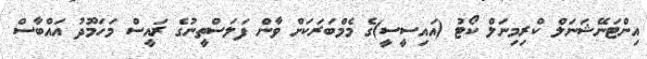
އިންޓަނޭޝަނަލް ކްރިމިނަލް ކޯޓު (އައިސީސީ)ގެ މެމްބަރަކަށް ވާން ފަލަސްތީނުގެ ރައީސް މަހަމޫދު އައްބާސް